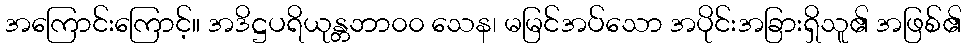
အကြောင်းကြောင့်။ အဒိဋ္ဌပရိယုန္တဘာ၀၀ သေန၊ မမြင်အပ်သော အပိုင်းအခြားရှိသူ၏ အဖြစ်၏